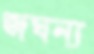
জঘন্য